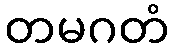
တမဂတံ